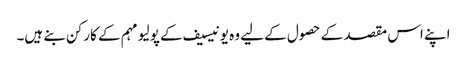
اپنے اس مقصد کے حصول کے لیے وہ یونیسیف کے پولیو مہم کے کارکن بنے ہیں۔